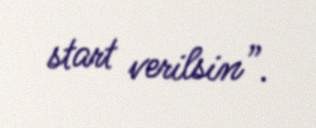
start verilsin”.